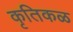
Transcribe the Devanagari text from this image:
कृतिकळ